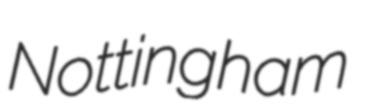
Nottingham